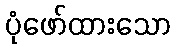
ပုံဖော်ထားသော